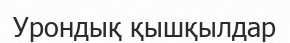
Урондық қышқылдар